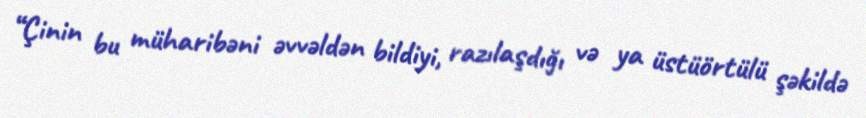
“Çinin bu müharibəni əvvəldən bildiyi, razılaşdığı və ya üstüörtülü şəkildə